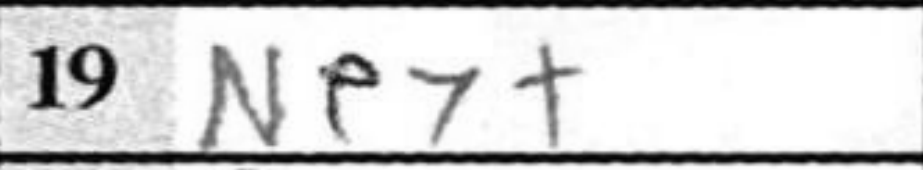
Transcription: Ne7+